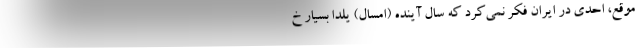
موقع، احدی در ایران فکر نمی‌کرد که سال آینده (امسال) یلدا بسیار خ